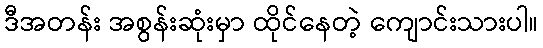
ဒီအတန်း အစွန်းဆုံးမှာ ထိုင်နေတဲ့ ကျောင်းသားပါ။